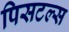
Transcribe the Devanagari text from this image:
पिसटल्स